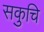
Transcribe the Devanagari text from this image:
सकुचि